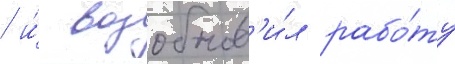
/ и́ возобнов'и́л рабо́ту